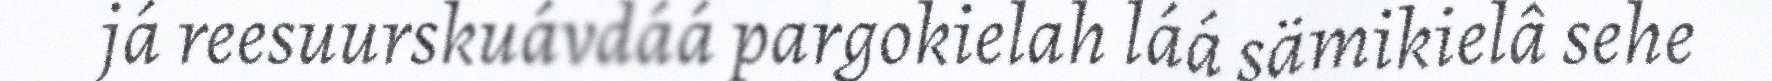
já reesuurskuávdáá pargokielah láá sämikielâ sehe